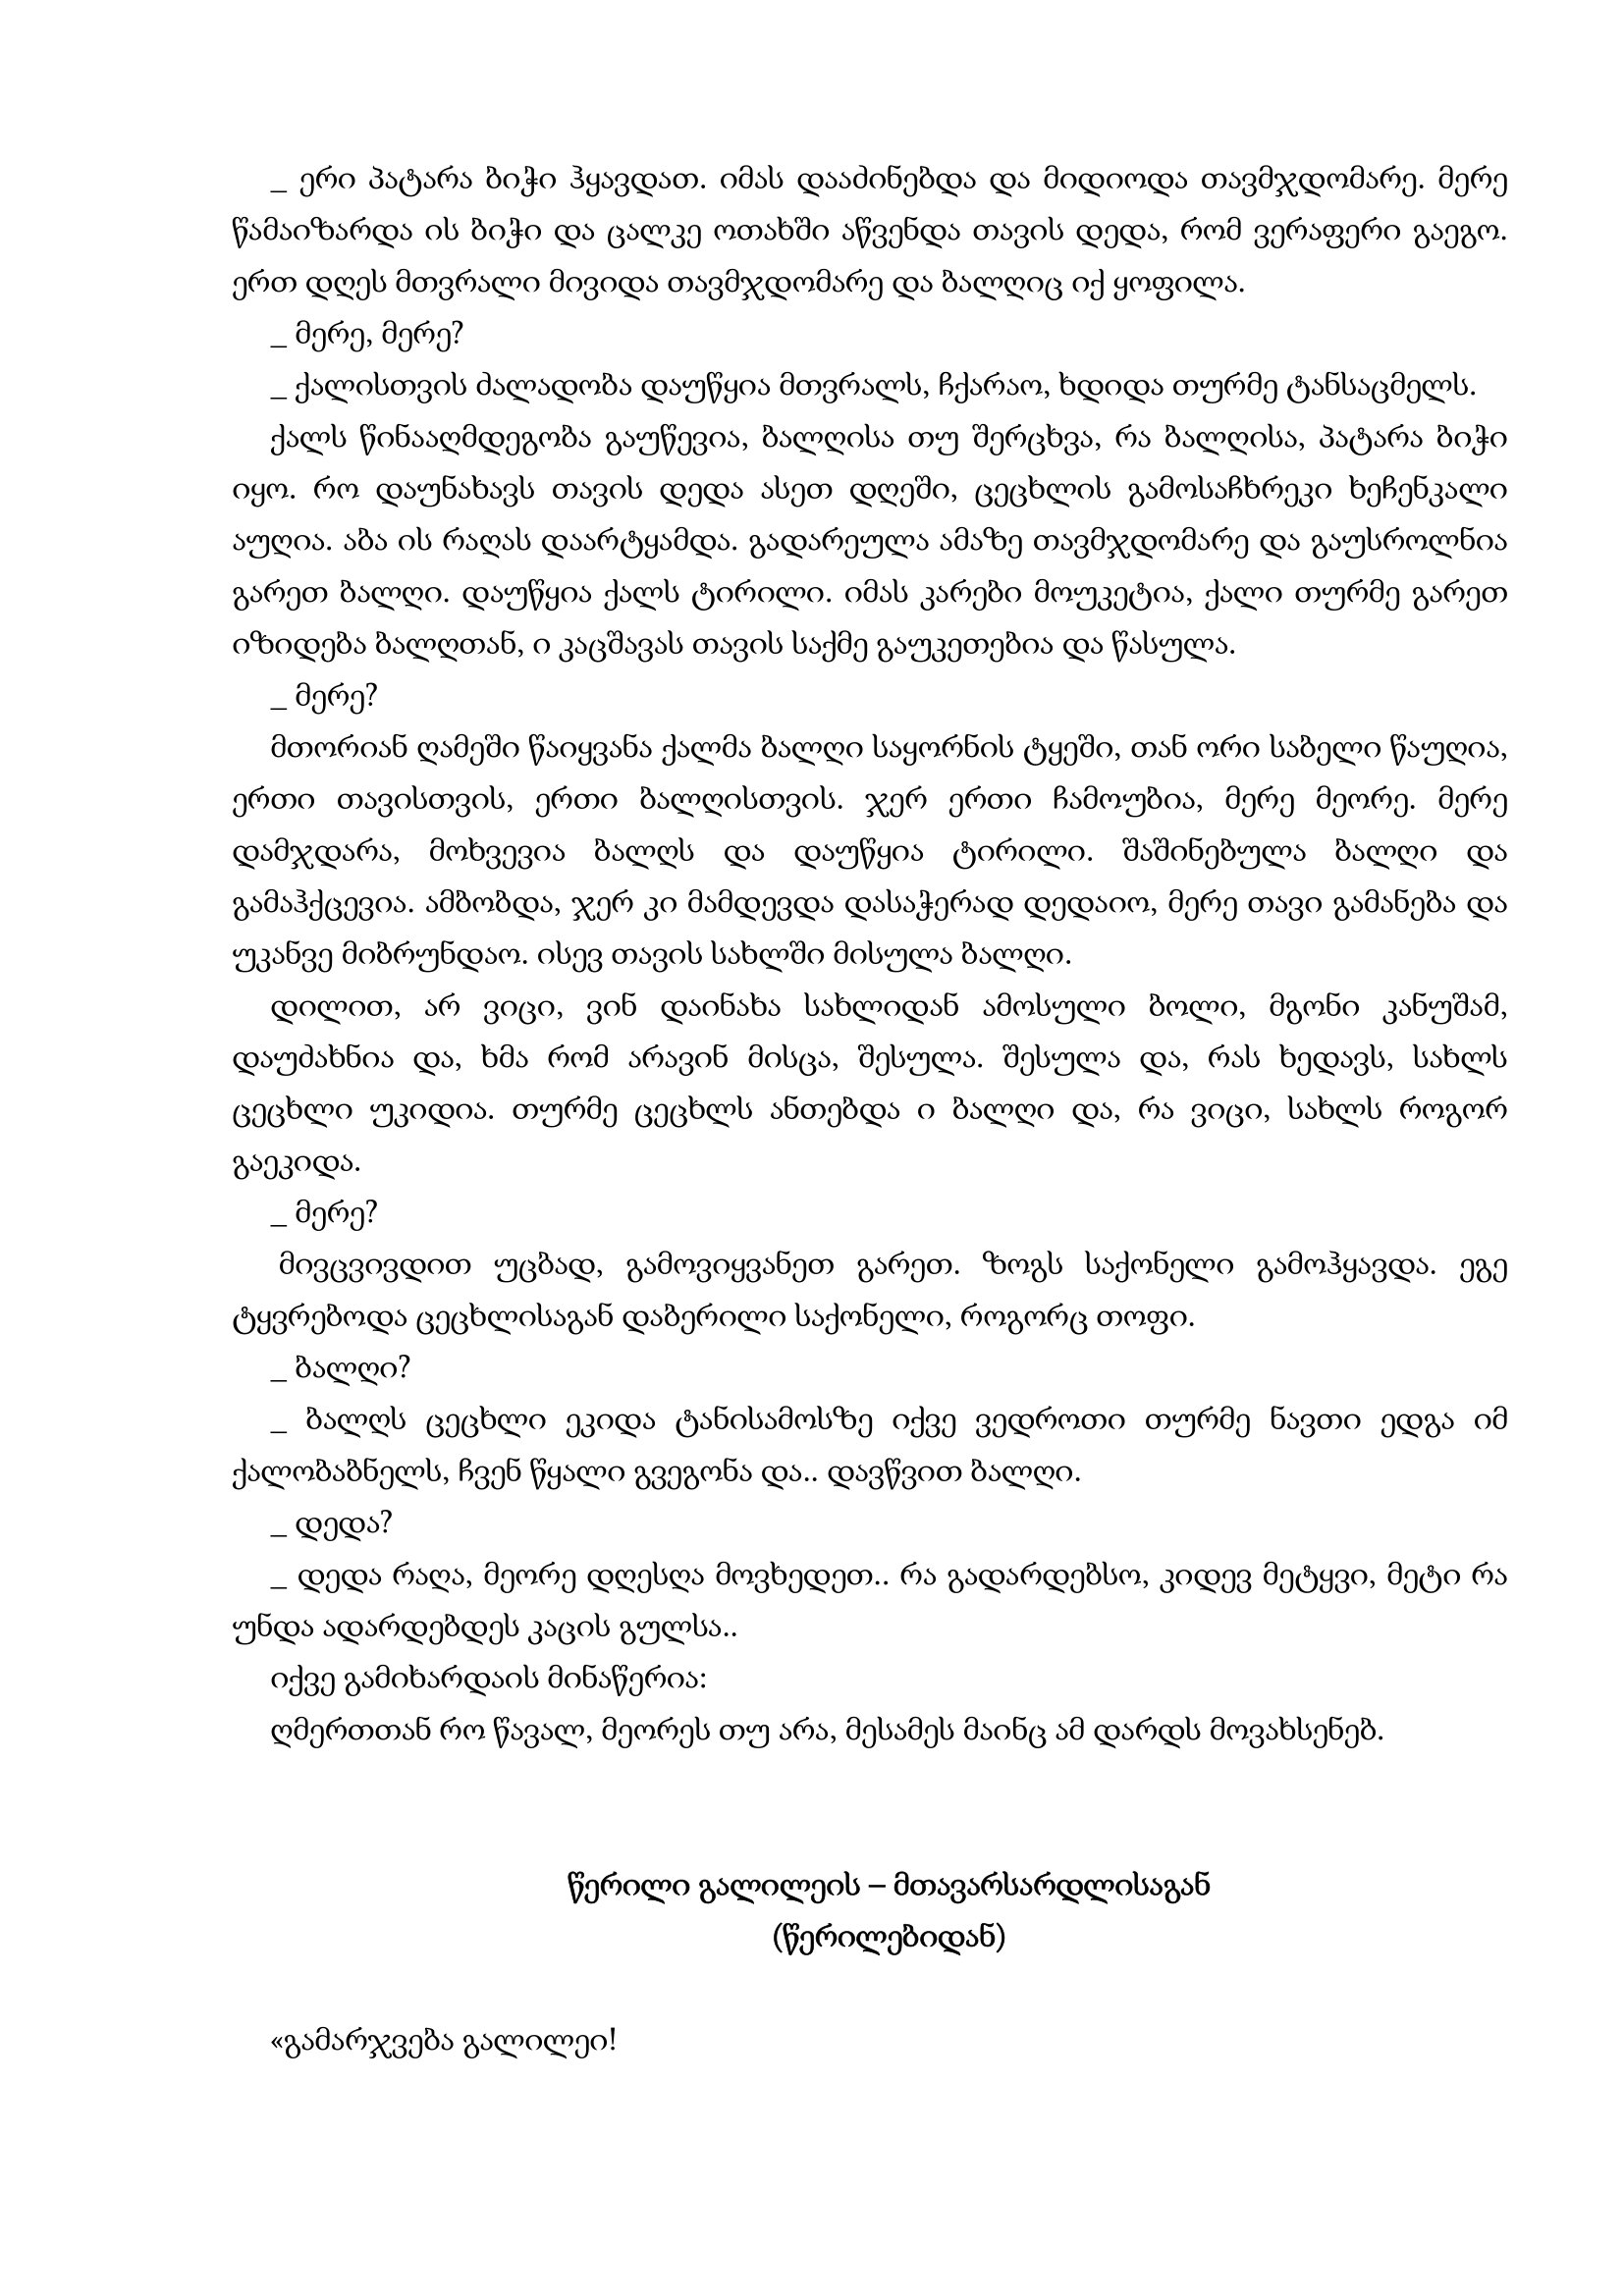
Language: gr